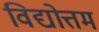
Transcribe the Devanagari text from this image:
विद्योत्तम